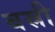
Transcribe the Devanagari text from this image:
बस्री